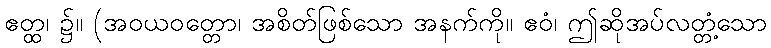
ဧတ္ထ၊ ၌။ (အဝယဝတ္တော၊ အစိတ်ဖြစ်သော အနက်ကို။ ဧဝံ၊ ဤဆိုအပ်လတ္တံ့သော